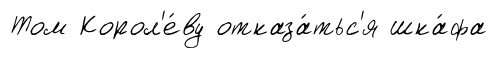
Том Корол'е́ву отказа́тьс'я шка́фа